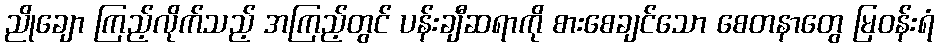
ညိုချော ကြည့်လိုက်သည့် အကြည့်တွင် ပန်းချီဆရာကို စားစေချင်သော စေတနာတွေ မြဝန်းရံ